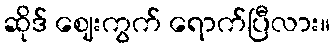
ဆိုဒ် ဈေးကွက် ရောက်ပြီလား။